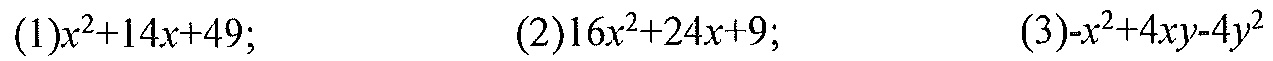
(1)$x^{2}+14x + 49$;
(2)$16x^{2}+24x + 9$;
(3)$-x^{2}+4xy - 4y^{2}$